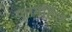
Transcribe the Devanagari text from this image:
पुनगर्ठित